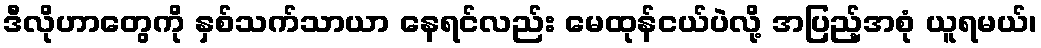
ဒီလိုဟာတွေကို နှစ်သက်သာယာ နေရင်လည်း မေထုန်ငယ်ပဲလို့ အပြည့်အစုံ ယူရမယ်၊